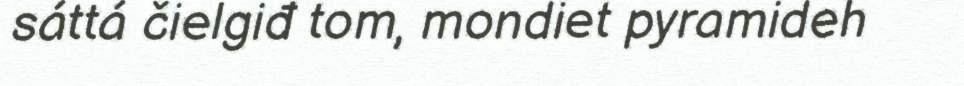
sáttá čielgiđ tom, mondiet pyramideh